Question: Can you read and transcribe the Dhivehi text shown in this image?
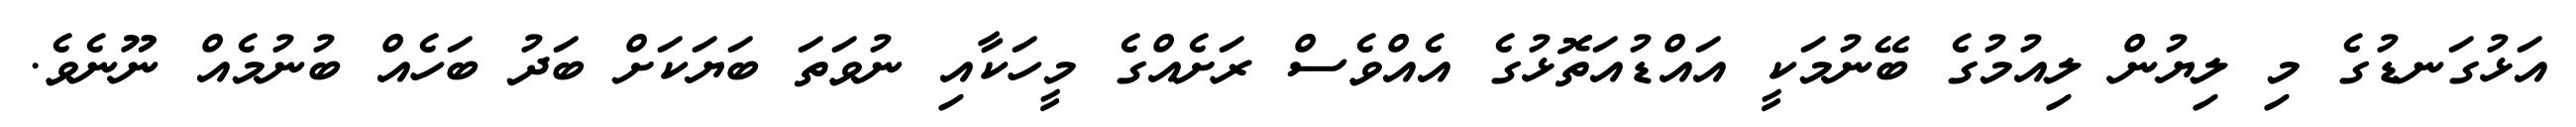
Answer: އަޅުގަނޑުގެ މި ލިޔުން ލިއުމުގެ ބޭނުމަކީ އައްޑުއަތޮޅުގެ އެއްވެސް ރަށެއްގެ މީހަކާއި ނުވަތަ ބަޔަކަށް ބަދު ބަހެއް ބުނުމެއް ނޫނެވެ.